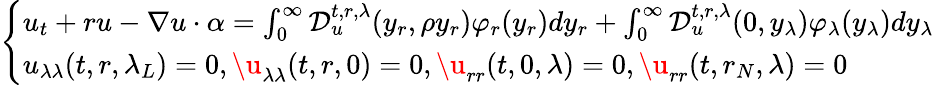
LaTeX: \left\{ \begin{array}{ll}{u_{t}+ru-\nabla u\cdot\alpha=\int_{0}^{\infty}\mathcal{D}_{u}^{t,r,\lambda}(y_{r},\rho y_{r})\varphi_{r}(y_{r})dy_{r}+\int_{0}^{\infty}\mathcal{D}_{u}^{t,r,\lambda}(0,y_{\lambda})\varphi_{\lambda}(y_{\lambda})dy_{\lambda}}\\ {u_{\lambda\lambda}(t,r,\lambda_{L})=0,\u_{\lambda\lambda}(t,r,0)=0,\u_{rr}(t,0,\lambda)=0,\u_{rr}(t,r_{N},\lambda)=0}\end{array}\right.